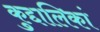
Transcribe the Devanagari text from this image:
कुद्दालिकां